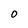
Character: O